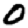
Digit: 0